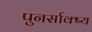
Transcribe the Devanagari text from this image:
पुनर्साक्ष्य